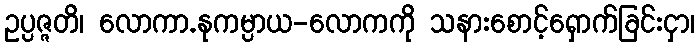
ဥပ္ပဇ္ဇတိ၊ လောကာ.နုကမ္ပာယ-လောကကို သနားစောင့်ရှောက်ခြင်းငှာ၊